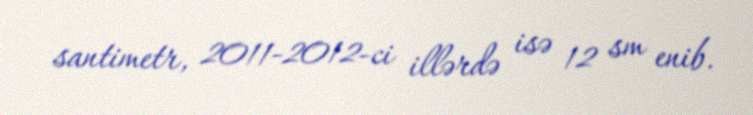
santimetr, 2011-2012-ci illərdə isə 12 sm enib.